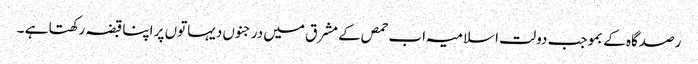
رصدگاہ کے بموجب دولت اسلامیہ اب حمص کے مشرق میں درجنوں دیہاتوں پر اپنا قبضہ رکھتا ہے ۔